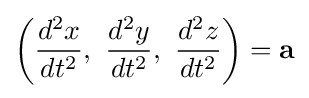
\left({\frac {d^{2}x}{dt^{2}}},\ {\frac {d^{2}y}{dt^{2}}},\ {\frac {d^{2}z}{dt^{2}}}\right)=\mathbf {a}